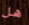
هل